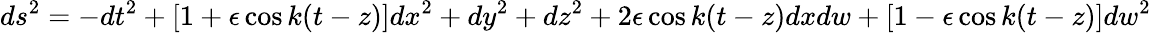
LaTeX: ds^{2}=-dt^{2}+[1+\epsilon\cos k(t-z)]dx^{2}+dy^{2}+dz^{2}+2\epsilon\cos k(t-z)dxdw+[1-\epsilon\cos k(t-z)]dw^{2}